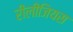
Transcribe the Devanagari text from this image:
रीलीजियस